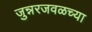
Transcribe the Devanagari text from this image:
जुन्नरजवळच्या